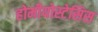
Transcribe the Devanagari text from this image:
होमीयोस्टेसिस